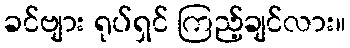
ခင်ဗျား ရုပ်ရှင် ကြည့်ချင်လား။